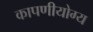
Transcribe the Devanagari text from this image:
कापणीयोग्य